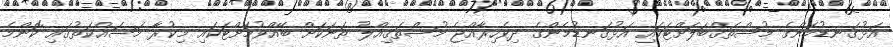
އަޅުގަނޑުމެންގެ މުސްތަޤްބަލަށްޓަކައި އަޅުގަނޑުމެންގެ ދިވެހިރާއްޖެ މުސްތަޤިއްލު ތަނަކަށް ބޭއްވުމަށްޓަކައި މިކުރާ މަސައްކަތުގައި ކޮންމެ